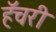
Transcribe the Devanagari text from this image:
हॅचरी